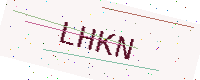
Text: LHKN